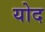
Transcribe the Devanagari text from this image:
योद